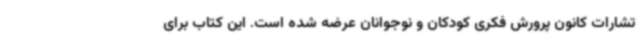
تشارات کانون پرورش فکری کودکان و نوجوانان عرضه شده است. این کتاب برای